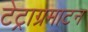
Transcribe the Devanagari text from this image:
टेट्राग्रमाटन